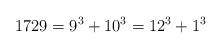
LaTeX: \begin{align*}1729=9^{3}+10^{3}=12^{3}+1^{3}\end{align*}